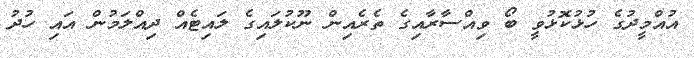
އުއްމީދުގެ ހުޅުކޮޅުވީ ބޯ ވިއްސާރާއިގެ ތެރެއިން ނޫކުލައިގެ ލައިޓެއް ދިއްލަމުން އައި ހުދު